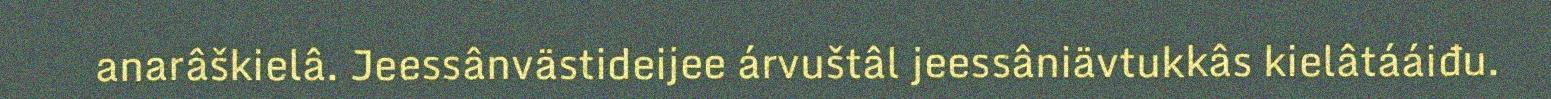
anarâškielâ. Jeessânvästideijee árvuštâl jeessâniävtukkâs kielâtááiđu.